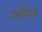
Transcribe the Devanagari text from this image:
गर्वेवाद